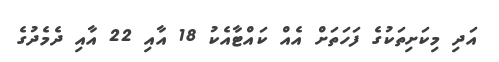
އަދި މިކަށިތަކުގެ ފަހަތަށް އެއް ކައްޓާއެކު 18 އާއި 22 އާއި ދެމެދުގެ